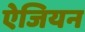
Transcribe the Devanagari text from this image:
ऐजियन